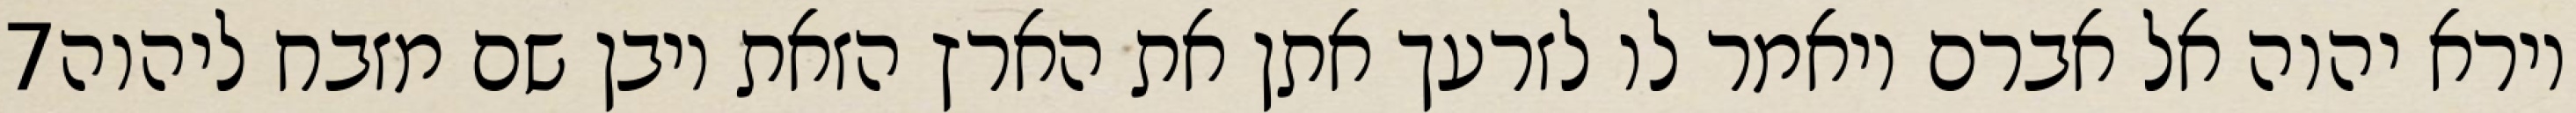
‎7‏ וירא יהוה אל אברם ויאמר לו לזרעך אתן את הארץ הזאת ויבן שם מזבח ליהוה